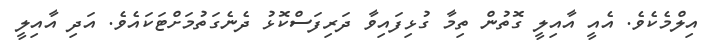
އިލްމެކެވެ. އެއީ އާއިލީ ގޮތުން ތިމާ ގުޅިފައިވާ ދަރިފަސްކޮޅު ދެނެގަތުމަށްޓަކައެވެ. އަދި އާއިލީ